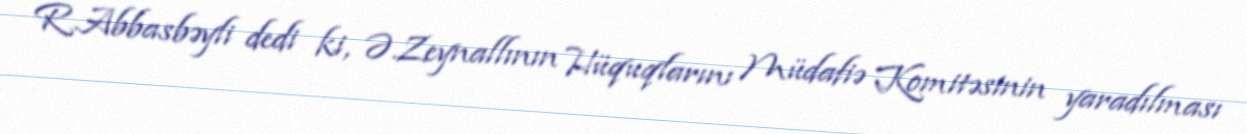
R.Abbasbəyli dedi ki, Ə.Zeynallının Hüquqlarını Müdafiə Komitəsinin yaradılması